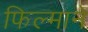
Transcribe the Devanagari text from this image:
फिल्‍माने